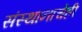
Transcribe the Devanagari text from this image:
संस्थानाचेही